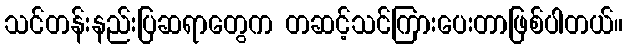
သင်တန်းနည်းပြဆရာတွေက တဆင့်သင်ကြားပေးတာဖြစ်ပါတယ်။